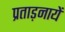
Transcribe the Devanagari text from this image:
प्रताड़नायें